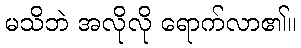
မသိဘဲ အလိုလို ရောက်လာ၏။